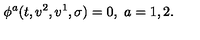
\phi ^ { a } ( t , v ^ { 2 } , v ^ { 1 } , \sigma ) = 0 , \ a = 1 , 2 .